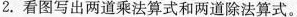
2.看图写出两道乘法算式和两道除法算式。